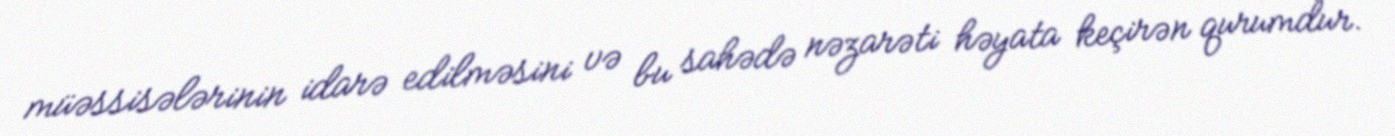
müəssisələrinin idarə edilməsini və bu sahədə nəzarəti həyata keçirən qurumdur.